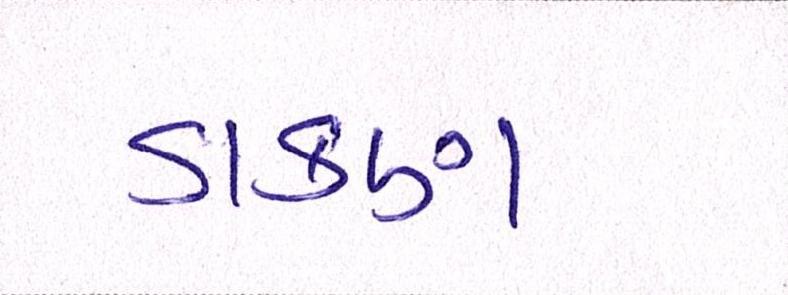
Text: ડાકણ